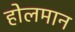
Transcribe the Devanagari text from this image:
होलमान